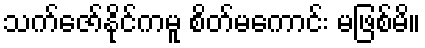
သက်ဇော်နိုင်ကမူ စိတ်မကောင်း မဖြစ်မိ။